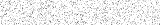
١٧